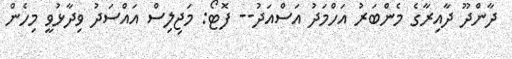
ދާންދޫ ދާއިރާގެ މެންބަރު އަހްމަދު އަސްއަދު-- ފޮޓޯ: މަޖިލިސް އައްސަދު ވިދާޅުވީ މިހެން